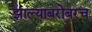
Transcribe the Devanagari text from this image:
झाल्याबरोबरच